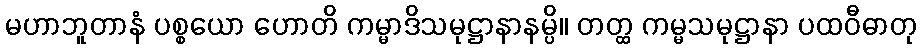
မဟာဘူတာနံ ပစ္စယော ဟောတိ ကမ္မာဒိသမုဋ္ဌာနာနမ္ပိ။ တတ္ထ ကမ္မသမုဋ္ဌာနာ ပထဝီဓာတု